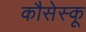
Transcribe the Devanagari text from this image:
कौसेस्कू